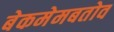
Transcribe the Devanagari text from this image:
बेकमेमबतोव